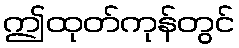
ဤထုတ်ကုန်တွင်